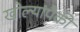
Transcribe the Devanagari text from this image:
खोल्यांपैकी